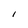
Character: i